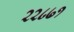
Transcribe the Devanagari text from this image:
२२८७१